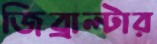
জিব্রাল্টার